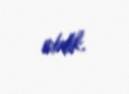
etdik.